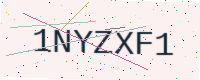
Text: 1NYZXF1